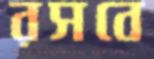
রসবে